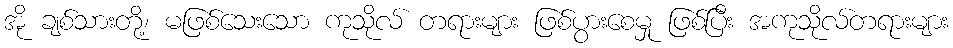
အို ချစ်သားတို့၊ မဖြစ်သေးသော ကုသိုလ် တရားများ ဖြစ်ပွားစေမှု ဖြစ်ပြီး အကုသိုလ်တရားများ